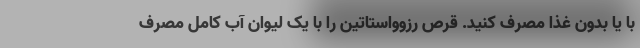
با یا بدون غذا مصرف کنید. قرص رزوواستاتین را با یک لیوان آب کامل مصرف